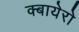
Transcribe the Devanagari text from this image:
क्बायेरो